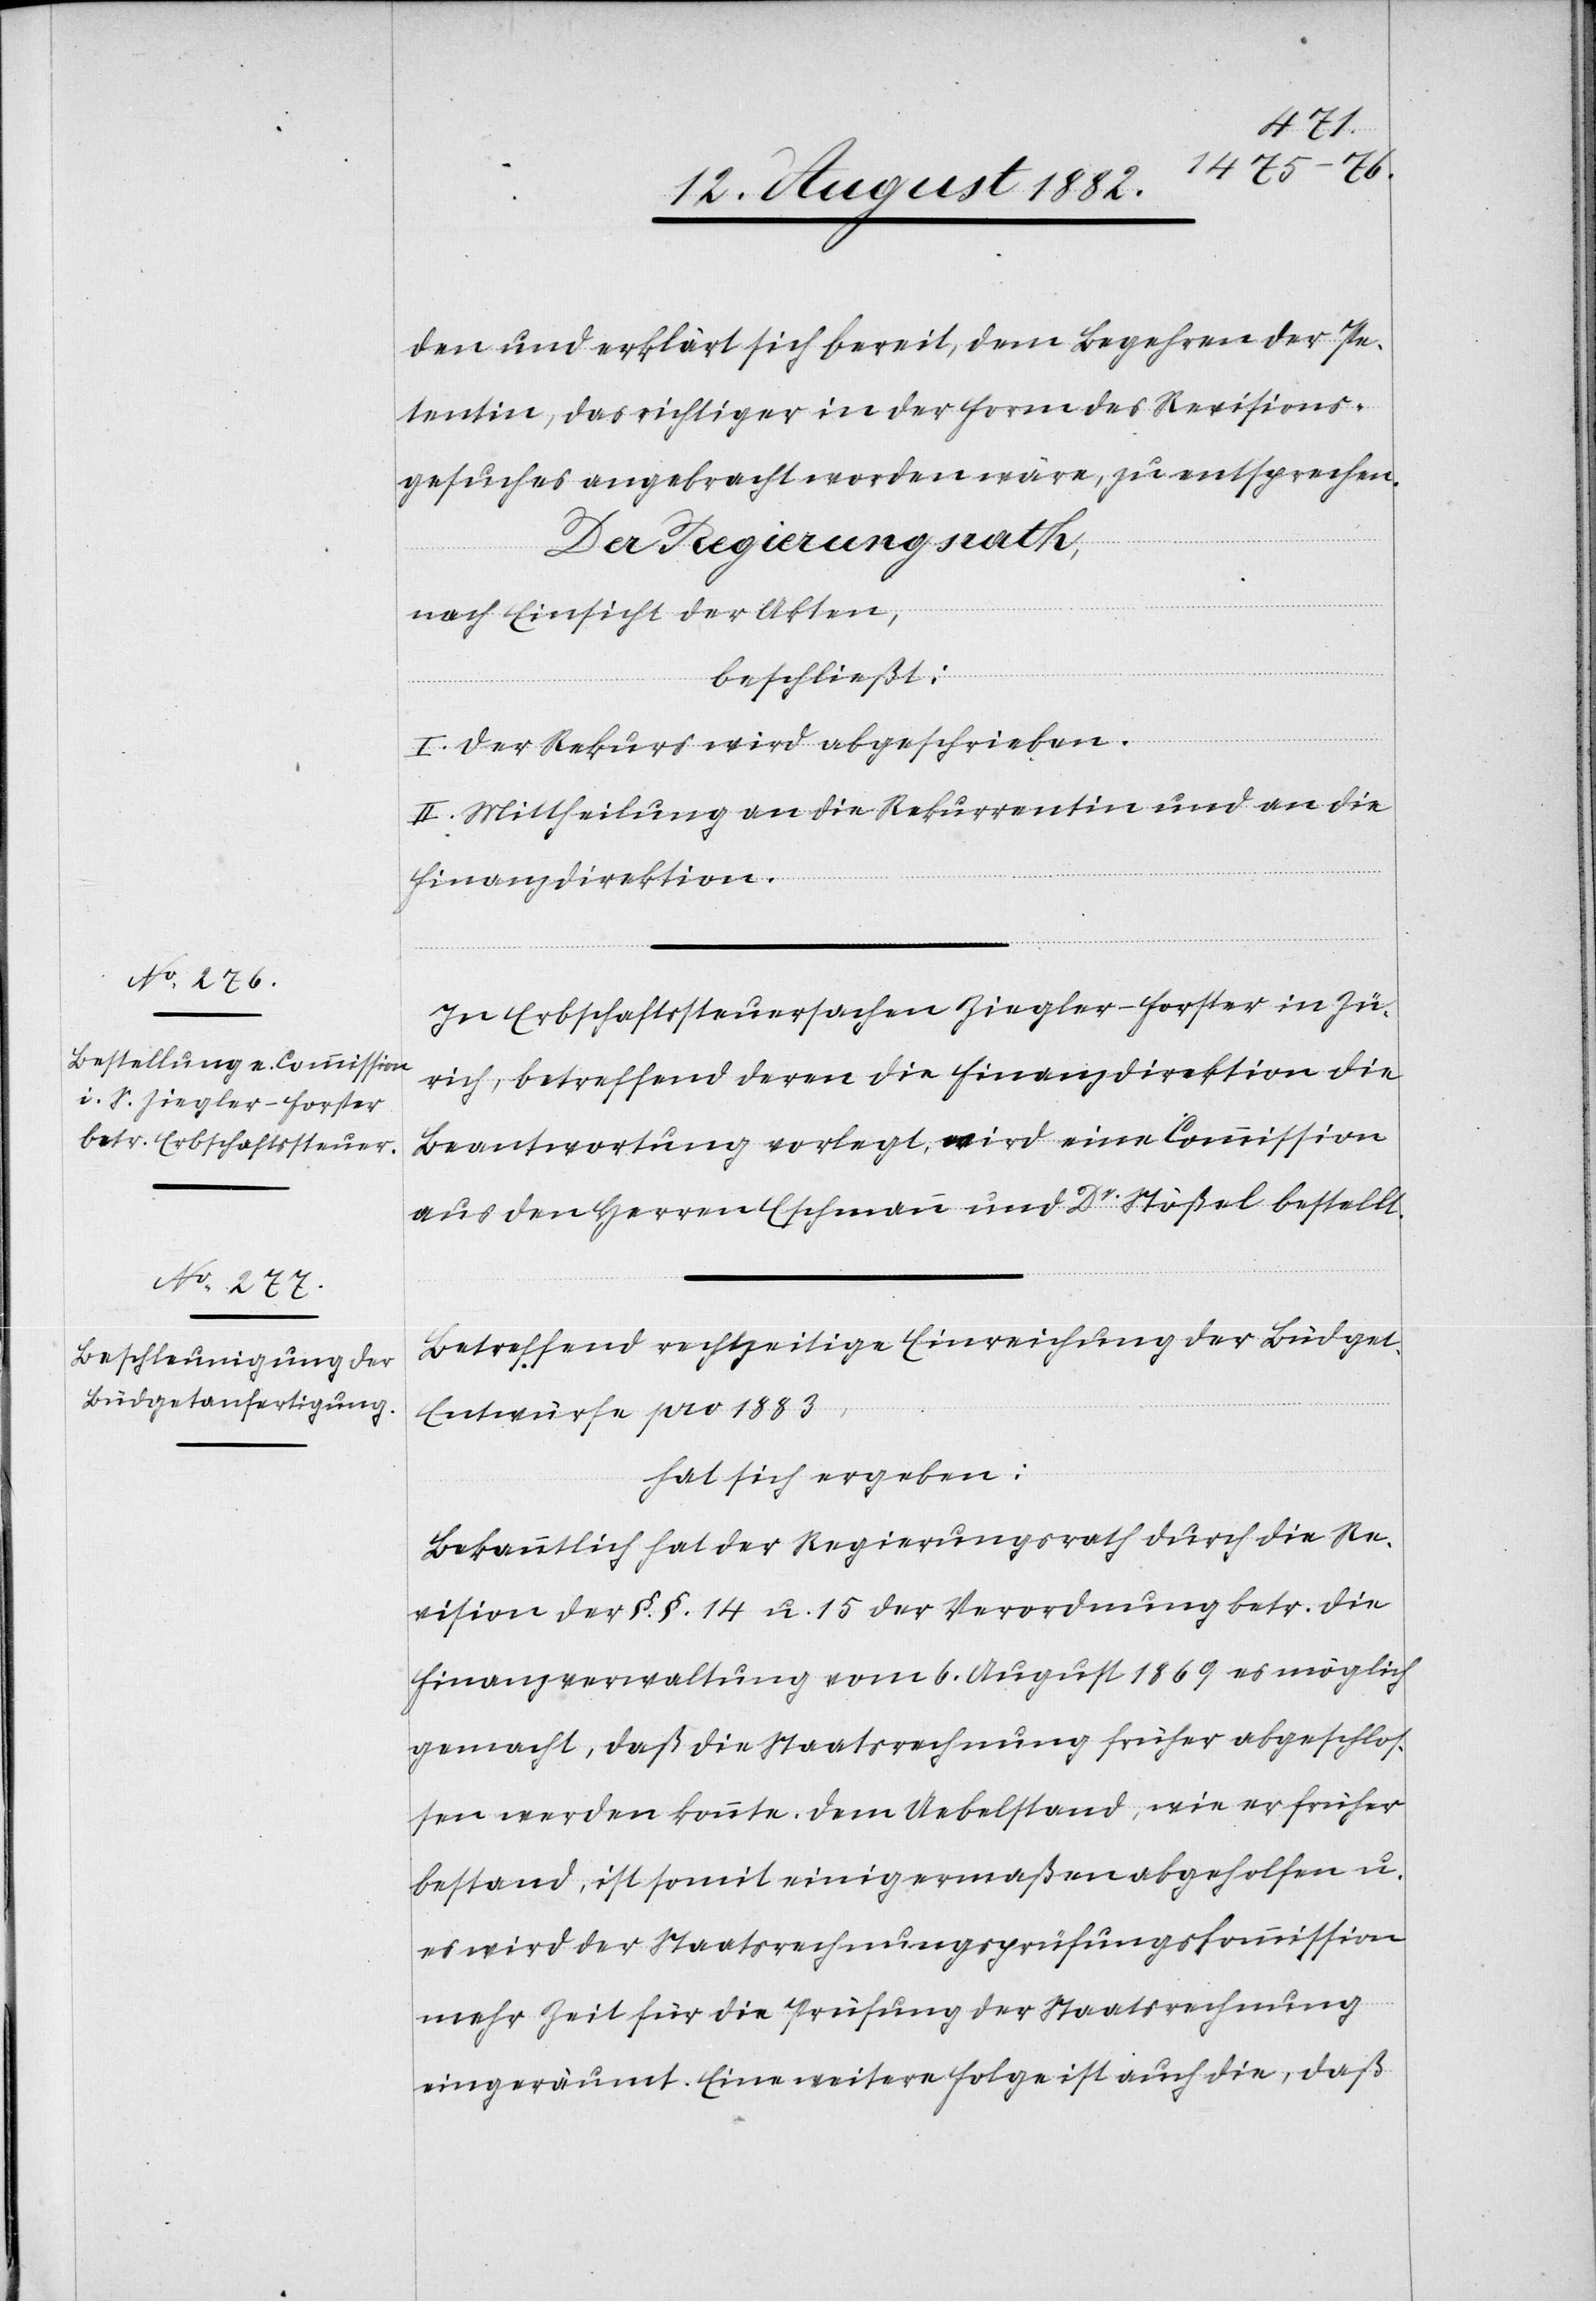
den und erklärt sich bereit, dem Begehren der Pe¬
tentin, das richtiger in der Form des Revisions¬
gesuches angebracht worden wäre, zu entsprechen.
Der Regierungsrath,
nach Einsicht der Akten,
beschließt:
I. Der Rekurs wird abgeschrieben.
II. Mittheilung an die Rekurrentin und an die
Finanzdirektion.
In Erbschaftssteuersachen Ziegler-Forster in Zü¬
rich, betreffend deren die Finanzdirektion die
Beantwortung vorlegt, wird eine Commission
aus den Herren Eschmann und Dr Stößel bestellt.
Betreffend rechtzeitige Einreichung der Büdget-E¬
ntwürfe pro 1883,
hat sich ergeben:
Bekanntlich hat der Regierungsrath durch die Re¬
vision der §. §. 14 u. 15 der Verordnung betr. die
Finanzverwaltung vom 6. August 1869 es möglich
gemacht, daß die Staatsrechnung früher abgeschlos¬
sen werden könnte. Dem Uebelstand, wie er früher
bestand, ist somit einigermaßen abgeholfen u.
es wird der Staatsrechnungsprüfungskommission
mehr Zeit für die Prüfung der Staatsrechnung
eingeräumt. Eine weitere Folge ist auch die, daß